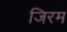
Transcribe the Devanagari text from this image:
जिरम